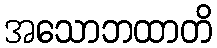
အသောဘထာတိ